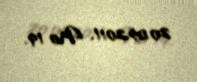
20.05.2011, № 19.